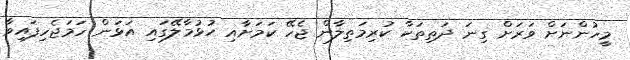
މީހުންނަށް ވަރަށް ގިނަ ދަތިތަކާ ކުރިމަތިލާން ޖެހޭ ކަމަށާއި ހުޅުމާލޭގައި އަޅަން ހަމަޖެހިފައިވާ